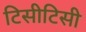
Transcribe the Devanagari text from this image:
टिसीटिसी